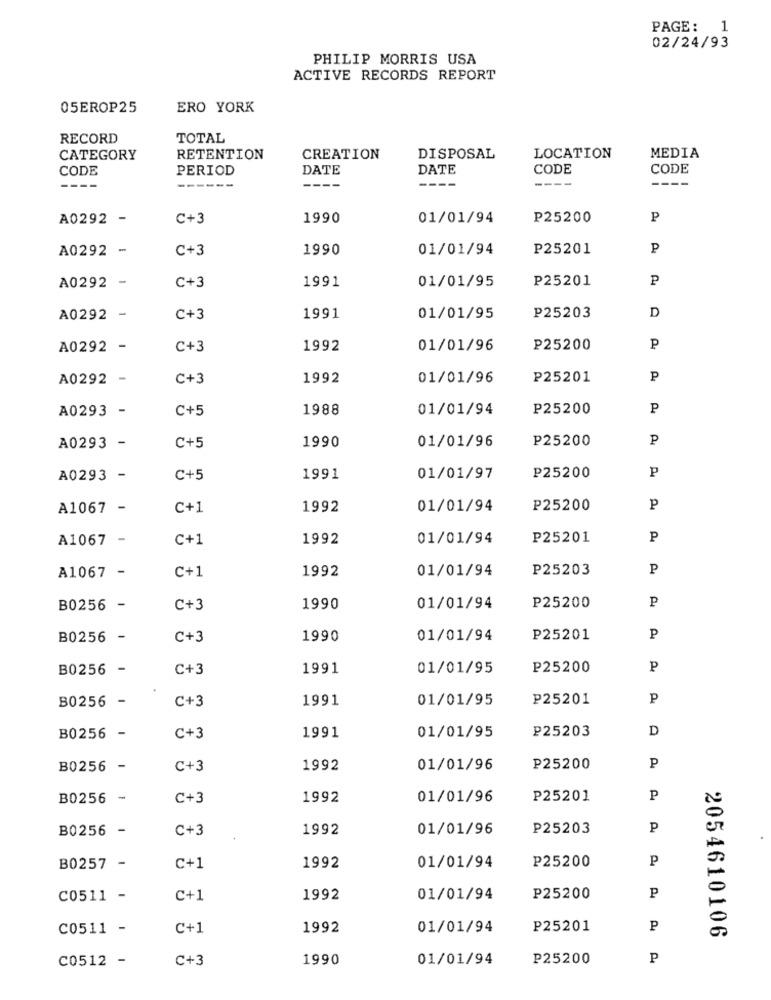
PAGE: 1
02/24/93
PHILIP MORRIS USA
ACTIVE RECORDS REPORT
05EROP25
ERO YORK
RECORD
TOTAL
CATEGORY
RETENTION
CREATION
DISPOSAL
LOCATION
MEDIA
CODE
PERIOD
DATE
DATE
CODE
CODE
----
----
----
A0292 -
C+3
1990
01/01/94
P25200
P
A0292 -
C+3
1990
01/01/94
P25201
P
P25201
P
A0292 -
C+3
1991
01/01/95
A0292 -
C+3
1991
01/01/95
P25203
D
A0292 -
C+3
1992
01/01/96
P25200
P
A0292 -
C+3
1992
01/01/96
P25201
P
A0293 -
C+5
1988
01/01/94
P25200
P
1990
P25200
P
A0293 -
C+5
01/01/96
P
A0293 -
C+5
1991
01/01/97
P25200
A1067 -
C+1
1992
01/01/94
₱25200
P
A1067 -
C+1
1992
01/01/94
P25201
P
1992
01/01/94
P25203
P
A1067 -
C+1
B0256 -
C+3
1990
01/01/94
P25200
P
B0256 -
C+3
1990
01/01/94
P25201
P
B0256 -
C+3
1991
01/01/95
₱25200
P
B0256 -
C+3
1991
01/01/95
₽25201
P
₽25203
D
B0256 -
C+3
1991
01/01/95
B0256 -
C+3
1992
01/01/96
P25200
P
B0256
-
C+3
1992
01/01/96
P25201
P
B0256
C+3
1992
01/01/96
P25203
P
P25200
P
B0257 -
C+1
1992
01/01/94
C0511 -
C+1
1992
01/01/94
₽25200
P
C0511 -
C+1
1992
01/01/94
P25201
P
2054610106
C0512 -
C+3
1990
01/01/94
P25200
P